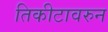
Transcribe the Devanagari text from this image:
तिकीटावरुन